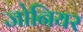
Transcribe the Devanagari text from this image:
जोनियर